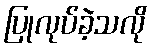
ပြုလုပ်ခဲ့သလို